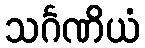
သင်္ဂဏိယံ